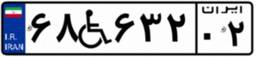
۶۸W۶۳۲۰۲